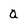
Character: 0